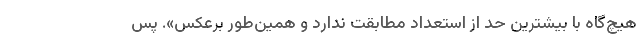
هیچ‌گاه با بیشترین حد از استعداد مطابقت ندارد و همین‌طور برعکس». پس